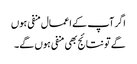
اگر آپ کے اعمال منفی ہوں
گے تو نتائج بھی منفی ہوں گے۔